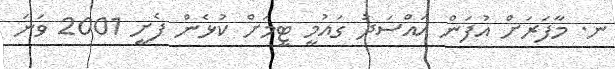
ނ. މާފަރަށް އުފަން އައްސަދު ގައުމީ ޓީމަށް ކުޅެން ފެށީ 2001 ވަނަ